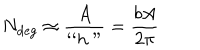
N _ { \mathrm { d e g } } \approx \frac { A } { ` ` h " } = \frac { b A } { 2 \pi }